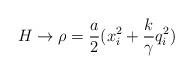
LaTeX: \begin{align*}H \rightarrow \rho = \frac{a}{2} (x_i^2 + \frac{k}{\gamma}q_i^2 )\end{align*}